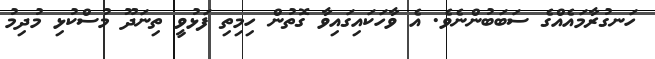
ހަނގުރާމައެއްގެ ސަބަބުންނެވެ. އެ ވާހަކައިގައިވާ ގޮތުން ހިމިތި ފަޅުވީ ތިނަދޫ މުސްކުޅި މުދިމު